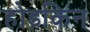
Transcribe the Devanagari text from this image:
होड़किन